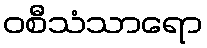
ဝစီသံသာရော